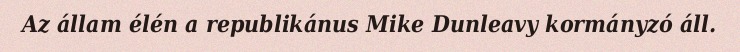
Az állam élén a republikánus Mike Dunleavy kormányzó áll.